Annual report of the Punjab Veterinary College and of the Civil Veterinary Department, Punjab - 1909-1919
Year: 1909
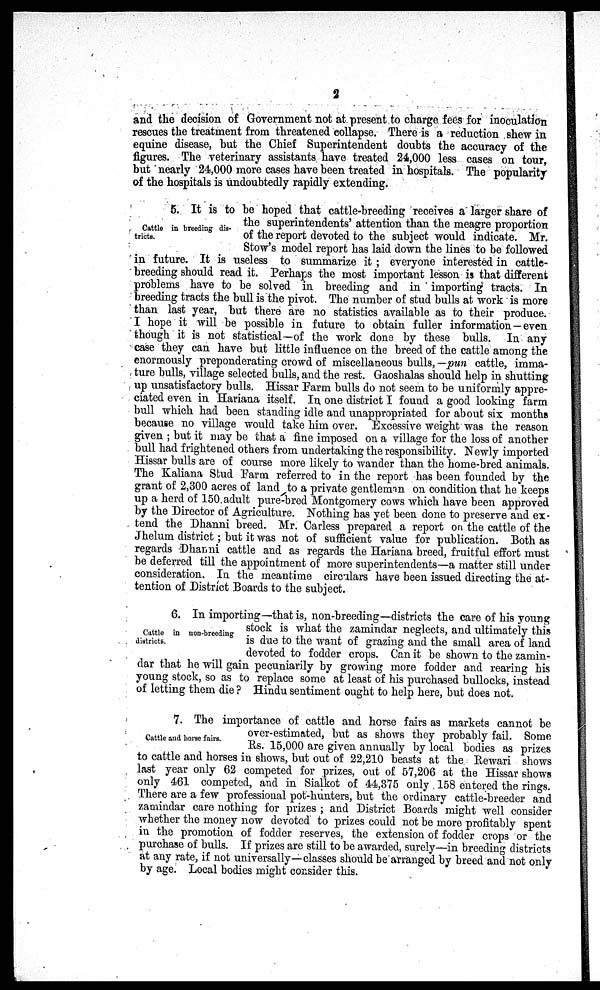
2
and the decision of Government not at present to charge fees for inoculation
rescues the treatment from threatened collapse. There is a reduction shew in
equine disease, but the Chief Superintendent doubts the accuracy of the
figures. The veterinary assistants have treated 24,000 less cases on tour,
but nearly 24,000 more cases have been treated in hospitals. The popularity
of the hospitals is undoubtedly rapidly extending.
Cattle in breeding dis¬
tricts.
5. It is to be hoped that cattle-breeding receives a larger share of
the superintendents' attention than the meagre proportion
of the report devoted to the subject would indicate. Mr.
Stow's model report has laid down the lines to be followed
in future. It is useless to summarize it ; everyone interested in cattle-
breeding should read it. Perhaps the most important lesson is that different
problems have to be solved in breeding and in importing tracts. In
breeding tracts the bull is the pivot. The number of stud bulls at work is more
than last year, but there are no statistics available as to their produce.
I hope it will be possible in future to obtain fuller information — even
though it is not statistical—of the work done by these bulls. In any
case they can have but little influence on the breed of the cattle among the
enormously preponderating crowd of miscellaneous bulls, — pun cattle, imma-
ture bulls, village selected bulls, and the rest. Gaoshalas should help in shutting
up unsatisfactory bulls. Hissar Farm bulls do not seem to be uniformly appre-
ciated even in Hariana itself. In one district I found a good looking farm
bull which had been standing idle and unappropriated for about six months
because no village would take him over. Excessive weight was the reason
given ; but it may be that a fine imposed on a village for the loss of another
bull had frightened others from undertaking the responsibility. Newly imported
Hissar bulls are of course more likely to wander than the home-bred animals.
The Kaliana Stud Farm referred to in the report has been founded by the
grant of 2,300 acres of land to a private gentleman on condition that he keeps
up a herd of 150 adult pure-bred Montgomery cows which have been approved
by the Director of Agriculture. Nothing has yet been done to preserve and ex-
tend the Dhanni breed. Mr. Carless prepared a report on the cattle of the
Jhelum district; but it was not of sufficient value for publication. Both as
regards Dhanni cattle and as regards the Hariana breed, fruitful effort must
be deferred till the appointment of more superintendents—a matter still under
consideration. In the meantime circulars have been issued directing the at-
tention of District Boards to the subject.
Cattle in non-breeding
districts.
6. In importing—that is, non-breeding—districts the care of his young
stock is what the zamindar neglects, and ultimately this
is due to the want of grazing and the small area of land
devoted to fodder crops. Can it be shown to the zamin-
dar that he will gain pecuniarily by growing more fodder and rearing his
young stock, so as to replace some at least of his purchased bullocks, instead
of letting them die ? Hindu sentiment ought to help here, but does not.
Cattle and horse fairs.
7. The importance of cattle and horse fairs as markets cannot be
over-estimated, but as shows they probably fail. Some
Rs. 15,000 are given annually by local bodies as prizes
to cattle and horses in shows, but out of 22,210 beasts at the Rewari shows
last year only 62 competed for prizes, out of 57,206 at the Hissar shows
only 461 competed, and in Sialkot of 44,375 only 158 entered the rings.
There are a few professional pot-hunters, but the ordinary cattle-breeder and
zamindar care nothing for prizes ; and District Boards might well consider
whether the money now devoted to prizes could not be more profitably spent
in the promotion of fodder reserves, the extension of fodder crops or the
purchase of bulls. If prizes are still to be awarded, surely—in breeding districts
at any rate, if not universally—classes should be arranged by breed and not only
by age. Local bodies might consider this.